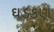
ઘડકણ